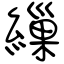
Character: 繅